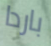
باردا